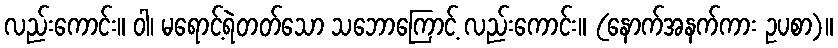
လည်းကောင်း။ ဝါ၊ မရောင့်ရဲတတ်သော သဘောကြောင့် လည်းကောင်း။ (နောက်အနက်ကား ဥပစာ)။